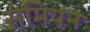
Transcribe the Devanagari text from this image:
समियन